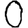
Digit: 0